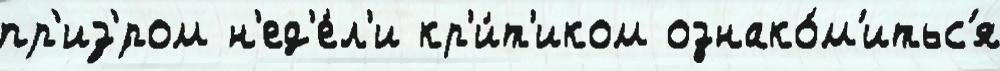
пр'из'́ром н'ед'е́л'и кр'и́т'иком ознако́м'итьс'я